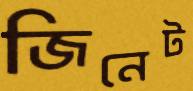
জিনেট